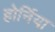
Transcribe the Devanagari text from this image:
होर्निया